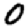
Digit: 0